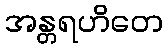
အန္တရဟိတေ